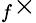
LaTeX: _f\times